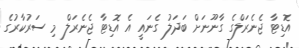
އޮޑިޓާ ޖެނެރަލްގެ ގާނޫނަށް ބަދަލު ގެނައީ އެ އޮޑިޓާ ޖެނެރަލް މި ސަރުކާރުގެ